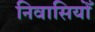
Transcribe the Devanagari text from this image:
निवासियोँ